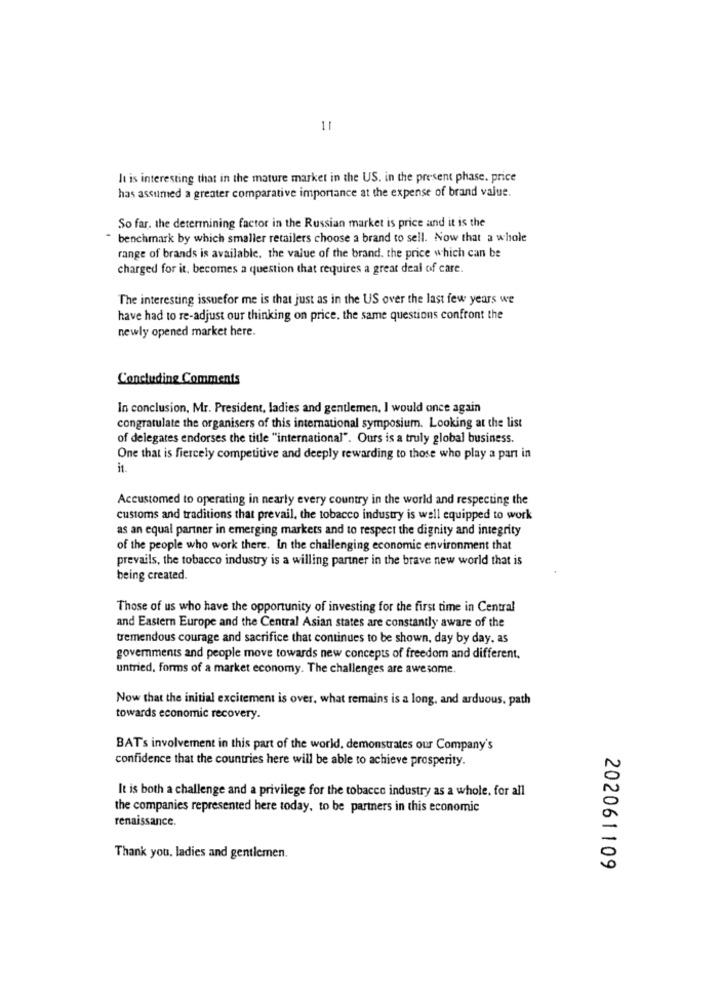
11
It is interesting that in the mature market in the US. in the present phase. price
has assumed a greater comparative importance at the expense of brand value.
So far. the determining factor in the Russian market is price and it is the
" benchmark by which smaller retailers choose a brand to sell. Now that a whole
range of brands is available. the value of the brand. the price which can be
charged for it, becomes a question that requires a great deal of care.
The interesting issuefor me is that just as in the US over the last few years we
have had to re-adjust our thinking on price, the same questions confront the
newly opened market here.
Concluding Comments
In conclusion, Mr. President, ladies and gentlemen, I would once again
congratulate the organisers of this international symposium. Looking at the list
of delegates endorses the title "international". Ours is a truly global business.
One that is fiercely competitive and deeply rewarding to those who play a part in
it.
Accustomed to operating in nearly every country in the world and respecting the
customs and traditions that prevail, the tobacco industry is well equipped to work
as an equal partner in emerging markets and to respect the dignity and integrity
of the people who work there. In the challenging economic environment that
prevails, the tobacco industry is a willing partner in the brave new world that is
being created.
Those of us who have the opportunity of investing for the first time in Central
and Eastern Europe and the Central Asian states are constantly aware of the
tremendous courage and sacrifice that continues to be shown, day by day, as
governments and people move towards new concepts of freedom and different.
untried, forms of a market economy. The challenges are awesome.
Now that the initial excitement is over, what remains is a long, and arduous. path
towards economic recovery.
BAT's involvement in this part of the world, demonstrates our Company's
confidence that the countries here will be able to achieve prosperity.
It is both a challenge and a privilege for the tobacco industry as a whole. for all
the companies represented here today, to be partners in this economic
renaissance.
Thank you. ladies and gentlemen.
202061109